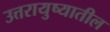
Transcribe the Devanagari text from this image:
उत्तरायुष्यातील